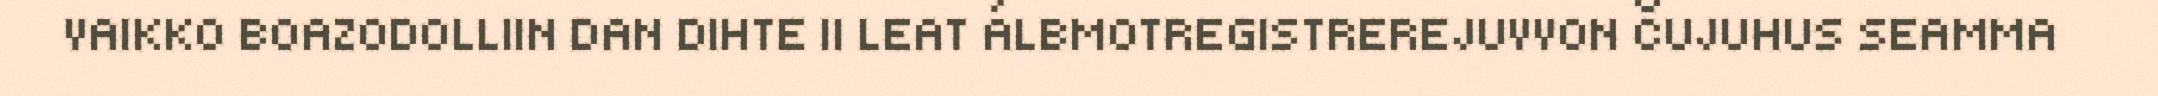
VAIKKO BOAZODOLLIIN DAN DIHTE II LEAT ÁLBMOTREGISTREREJUVVON ČUJUHUS SEAMMA